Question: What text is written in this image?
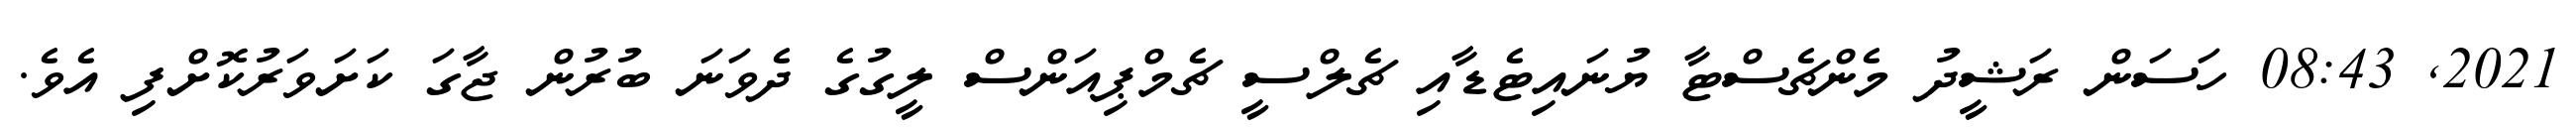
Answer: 2021, 08:43 ހަސަން ރަޝީދު މެންޗެސްޓާ ޔުނައިޓެޑާއި ޗެލްސީ ޗެމްޕިއަންސް ލީގުގެ ދެވަނަ ބުރުން ޖާގަ ކަށަވަރުކޮށްފި އެވެ.